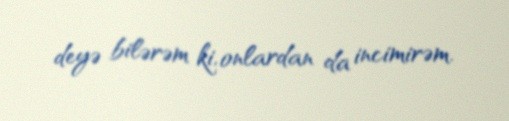
deyə bilərəm ki, onlardan da incimirəm.